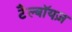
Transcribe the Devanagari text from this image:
टैल्बॉयज़